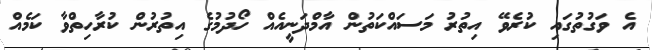
އެ ވަގުތުގައި ކުރެވޭ އިތުރު މަސައްކަތުން އާމްދަނީއެއް ހޯދުމުގެ އިތުރުން ކުރާހިތްވާ ކަމެއް